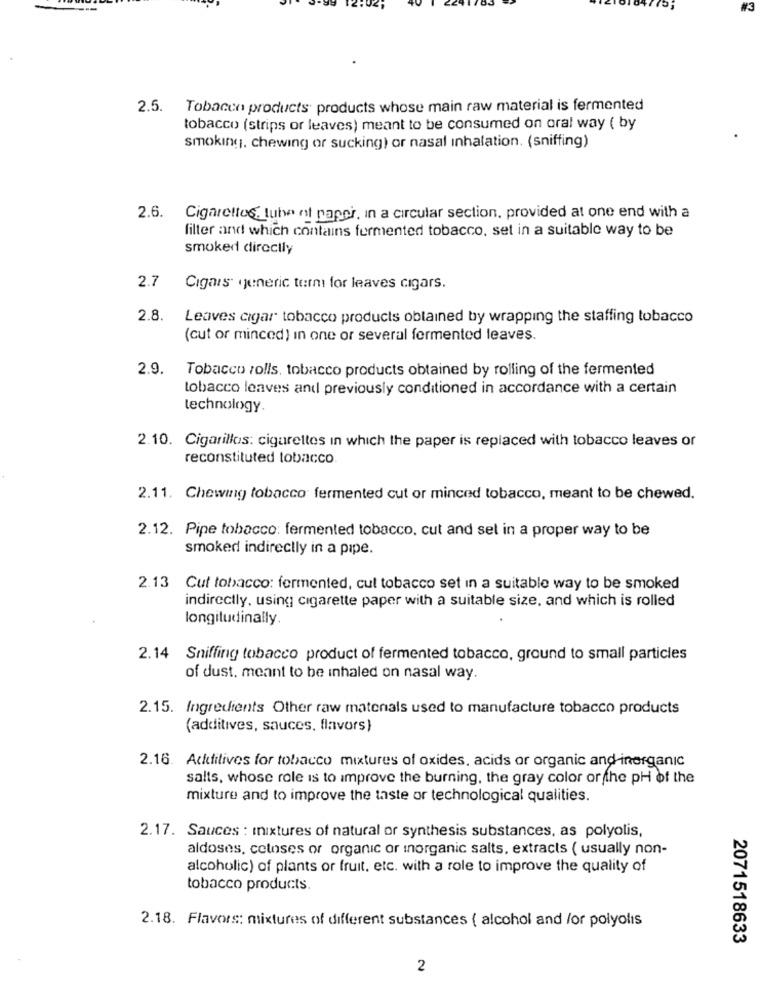
#3
2.5. Tobacco products: products whose main raw material is fermented
tobacco (strips or leaves) meant to be consumed on oral way ( by
smoking, chewing or sucking) or nasal inhalation. (sniffing)
2.6. CigaretteClube of paper, in a circular section, provided at one end with a
filter and which contains fermented tobacco, set in a suitable way to be
smoked directly
2.7
Cigars: «jeneric term for leaves cigars.
2.8.
Leaves cigar tobacco products obtained by wrapping the staffing tobacco
(cut or minced) in one or several fermented leaves.
2.9.
Tobacco rolls, tobacco products obtained by rolling of the fermented
tobacco leaves and previously conditioned in accordance with a certain
technology.
2.10. Cigarillos: cigarettes in which the paper is replaced with tobacco leaves or
reconstituted tobacco.
2.11. Chewing tobacco fermented cut or minced tobacco, meant to be chewed.
2.12. Pipe tobacco: fermented tobacco, cut and sel in a proper way to be
smoked indirectly in a pipe.
2.13
Cut tobacco: fermented, cut tobacco set in a suitable way to be smoked
indirectly, using cigarette paper with a suitable size, and which is rolled
longitudinally.
2.14 Sniffing tobacco product of fermented tobacco, ground to small particles
of dust. meant to be inhaled on nasal way.
2.15. Ingredients Other raw materials used to manufacture tobacco products
(additives, sauces, flavors )
2.16. Additives for tobacco mixtures of oxides, acids or organic and inorganic
salts, whose role is to improve the burning, the gray color or the pH of the
mixture and to improve the taste or technological qualities.
2.17. Sauces : mixtures of natural or synthesis substances, as polyolis,
aldoses, cetoses or organic or inorganic salts, extracts ( usually non-
alcoholic) of plants or fruit, etc. with a role to improve the quality of
tobacco products.
2.18. Flavors: mixtures of different substances ( alcohol and /or polyolis
2071518633
2